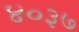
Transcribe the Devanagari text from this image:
४०३७